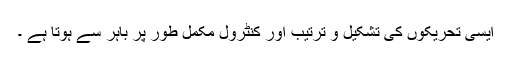
ایسی تحریکوں کی تشکیل و ترتیب اور کنٹرول مکمل طور پر باہر سے ہوتا ہے ۔